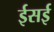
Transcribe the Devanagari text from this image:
ईसई